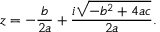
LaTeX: z = - { \frac { b } { 2 a } } + { \frac { i { \sqrt { - b ^ { 2 } + 4 a c } } } { 2 a } } .